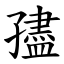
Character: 孻